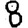
Digit: 8